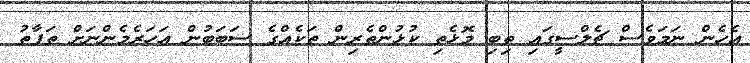
އެހެން ނަމަވެސް ޗެލްސީގައި ތިބި މޮޅެތި ކުޅުންތެރިން ތަކެއްގެ ސަބަބުން އަހަރެމެންނަށް ތަފާތު